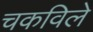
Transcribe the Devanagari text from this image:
चकविले